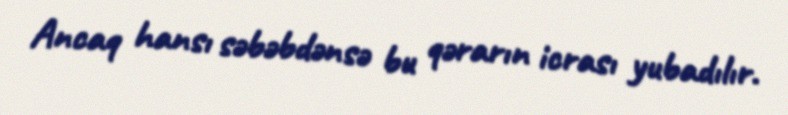
Ancaq hansı səbəbdənsə bu qərarın icrası yubadılır.